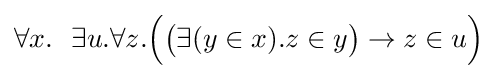
\forall x.\ \ \exists u.\forall z.{\Big (}{\big (}\exists (y\in x).z\in y{\big )}\to z\in u{\Big )}